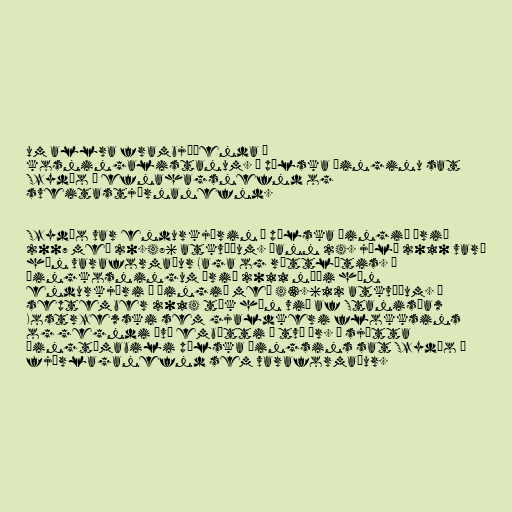
um allra frambjóðenda á
kosningalistanum. Á pólska þinginu sat
Szydło í efnahagsnefnd og
sveitastjórnanefnd.

Szydło var endurkjörin á pólska þingið árið
2007 með 20.486 atkvæðum. Þann 24. júlí 2010 varð
hún varaformaður Laga og réttlætis. Í
þingkosningum árið 2011 náði hún
endurkjöri á þingið með 43.612 atkvæðum. Í
september 2014 tók hún við af Stanisław
Kostrzewski sem gjaldkeri flokksins
og gegndi því embætti í tvö ár. Á sjötta
þingtímabili pólska þingsins sat Szydło í
fjárlaganefnd sem varaformaður.